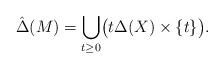
LaTeX: \begin{align*}\hat{\Delta}(M)=\bigcup_{t\ge0}\bigl(t\Delta(X)\times\{t\}\bigr).\end{align*}